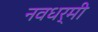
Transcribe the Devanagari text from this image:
नवधर्मी